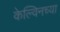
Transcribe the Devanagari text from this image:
केल्विनच्या